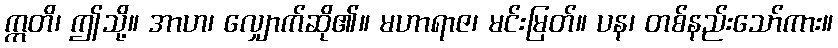
ဣတိ၊ ဤသို့။ အာဟ၊ လျှောက်ဆို၏။ မဟာရာဇ၊ မင်းမြတ်။ ပန၊ တစ်နည်းသော်ကား။